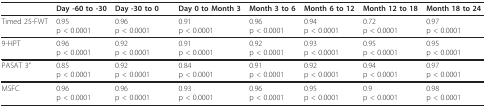
<table><thead><tr><td></td><td><b>Day -60 to -30</b></td><td><b>Day -30 to 0</b></td><td></td><td><b>Day 0 to Month 3</b></td><td><b>Month 3 to 6</b></td><td><b>Month 6 to 12</b></td><td><b>Month 12 to 18</b></td><td><b>Month 18 to 24</b></td></tr></thead><tbody><tr><td>Timed 25-FWT</td><td>0.95p &lt; 0.0001</td><td>0.96p &lt; 0.0001</td><td></td><td>0.91p &lt; 0.0001</td><td>0.96p &lt; 0.0001</td><td>0.94p &lt; 0.0001</td><td>0.72p &lt; 0.0001</td><td>0.97p &lt; 0.0001</td></tr><tr><td>9-HPT</td><td>0.96p &lt; 0.0001</td><td>0.92p &lt; 0.0001</td><td></td><td>0.91p &lt; 0.0001</td><td>0.92p &lt; 0.0001</td><td>0.93p &lt; 0.0001</td><td>0.95p &lt; 0.0001</td><td>0.95p &lt; 0.0001</td></tr><tr><td>PASAT 3&quot;</td><td>0.85p &lt; 0.0001</td><td>0.92p &lt; 0.0001</td><td></td><td>0.84p &lt; 0.0001</td><td>0.91p &lt; 0.0001</td><td>0.92p &lt; 0.0001</td><td>0.94p &lt; 0.0001</td><td>0.97p &lt; 0.0001</td></tr><tr><td>MSFC</td><td>0.96p &lt; 0.0001</td><td>0.96p &lt; 0.0001</td><td></td><td>0.93p &lt; 0.0001</td><td>0.96p &lt; 0.0001</td><td>0.95p &lt; 0.0001</td><td>0.9p &lt; 0.0001</td><td>0.98p &lt; 0.0001</td></tr></tbody></table>